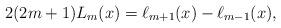
LaTeX: \begin{align*} 2(2m+1) L_m(x) = \ell_{m+1}(x) - \ell_{m-1}(x),\end{align*}